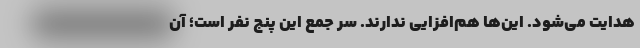
هدایت می‌شود. این‌ها هم‌افزایی ندارند. سر جمع این پنج نفر است؛ آن